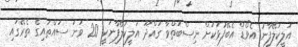
އަލީކަލޭފާނު އެވޯޑް އެބޭފުޅަކަށް ނިސްބަތްވާ ގައްދޫ އަލީކަލޭފާނަކީ 20 ވަނަ ސައްތައިގެ ތެރޭގައި